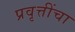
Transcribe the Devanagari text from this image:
प्रवृत्तींचा